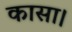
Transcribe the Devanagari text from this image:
कासा।